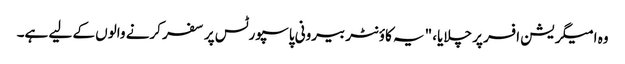
وہ امیگریشن افسر پر چلایا، "یہ کاؤنٹر بیرونی پاسپورٹس پر سفر کرنے والوں کے لیے ہے۔